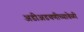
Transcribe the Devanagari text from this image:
अडीअडचणीच्यावेळी